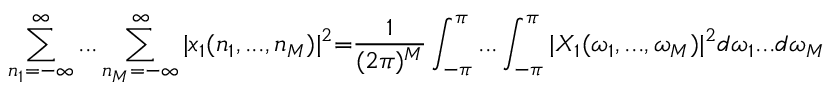
\sum _ { n _ { 1 } = - \infty } ^ { \infty } . . . \sum _ { n _ { M } = - \infty } ^ { \infty } | x _ { 1 } ( n _ { 1 } , . . . , n _ { M } ) | ^ { 2 } { = } { \frac { 1 } { ( 2 \pi ) ^ { M } } } \int _ { - \pi } ^ { \pi } . . . \int _ { - \pi } ^ { \pi } | X _ { 1 } ( \omega _ { 1 } , . . . , \omega _ { M } ) | ^ { 2 } d \omega _ { 1 } . . . d \omega _ { M }